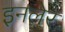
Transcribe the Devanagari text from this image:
इनलेर